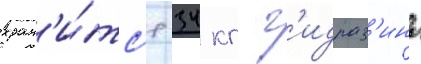
хран'и́тс'я 34 кг г'идраз'ина